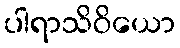
ပါရာသိဝိယော